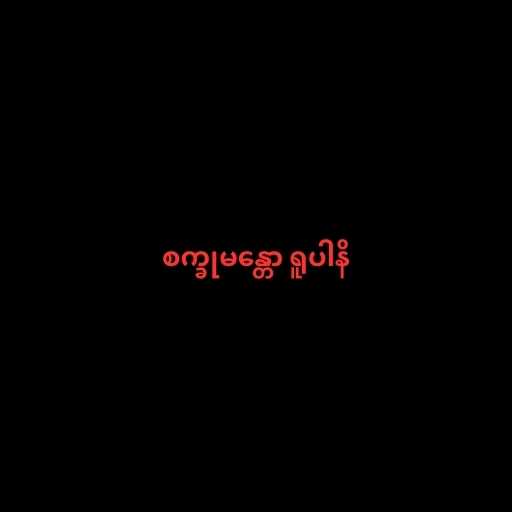
စက္ခုမန္တော ရူပါနိ